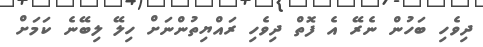
ދިވެހި ބަހުން ނެރޭ އެ ފޮތް ދިވެހި ރައްޔިތުންނަށް ހިލޭ ލިބޭނެ ކަމަށް